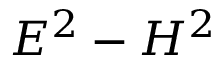
E ^ { 2 } - H ^ { 2 }